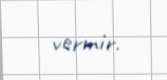
vermir.